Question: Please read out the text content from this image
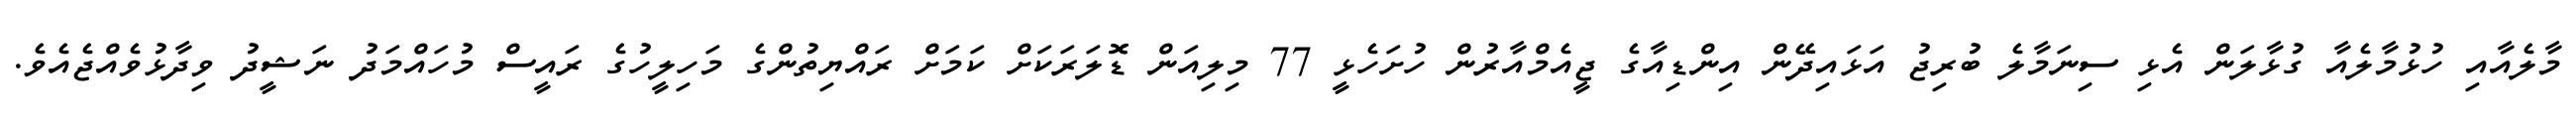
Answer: މާލެއާއި ހުޅުމާލެއާ ގުޅާލަން އެޅި ސިނަމާލެ ބުރިޖު އަޅައިދޭން އިންޑިއާގެ ޖީއެމްއާރުން ހުށަހެޅީ 77 މިލިއަން ޑޮލަރަކަށް ކަމަށް ރައްޔިތުންގެ މަހިލީހުގެ ރައީސް މުހައްމަދު ނަޝީދު ވިދާޅުވެއްޖެއެވެ.